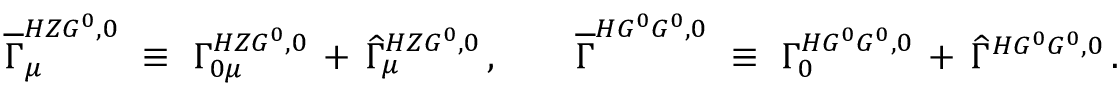
\overline { { { \Gamma } } } _ { \mu } ^ { H Z G ^ { 0 } , 0 } \ \equiv \ \Gamma _ { 0 \mu } ^ { H Z G ^ { 0 } , 0 } \, + \, \widehat { \Gamma } _ { \mu } ^ { H Z G ^ { 0 } , 0 } \, , \qquad \overline { { { \Gamma } } } ^ { H G ^ { 0 } G ^ { 0 } , 0 } \ \equiv \ \Gamma _ { 0 } ^ { H G ^ { 0 } G ^ { 0 } , 0 } \, + \, \widehat { \Gamma } ^ { H G ^ { 0 } G ^ { 0 } , 0 } \, .